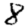
Digit: 8